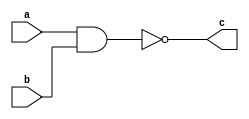
//////////////////////////DR SERAG //////////////////
////////////////Outhers:Isalm_Akram_Osama///////////

module nand_gate  (
input wire a,b,
output c
);

assign c=!(a&b);
 
endmodule